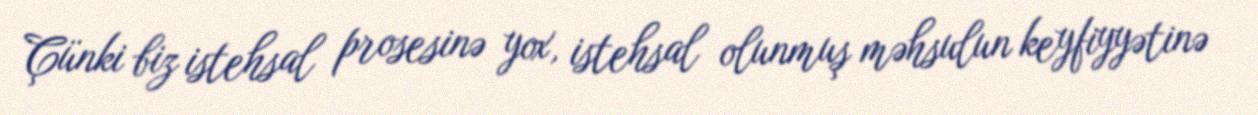
Çünki biz istehsal prosesinə yox, istehsal olunmuş məhsulun keyfiyyətinə